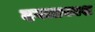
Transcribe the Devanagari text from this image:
दयाप्रकाश